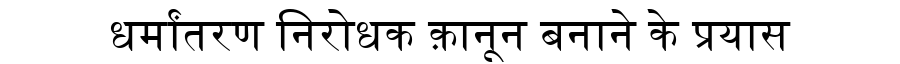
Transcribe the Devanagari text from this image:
धर्मांतरण निरोधक क़ानून बनाने के प्रयास